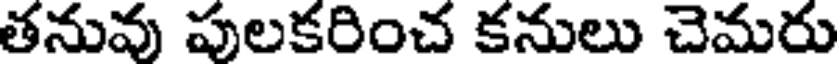
తనువు పులకరించ కనులు చెమరు